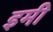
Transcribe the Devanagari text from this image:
इमी